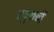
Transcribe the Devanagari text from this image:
झुकनें